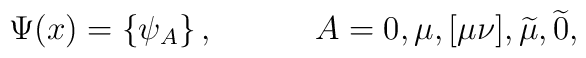
\Psi (x)=\left\{ \psi _A\right\} ,\hspace{0.5in}A=0,\mu ,[\mu \nu], \widetilde{\mu },\widetilde{0} ,